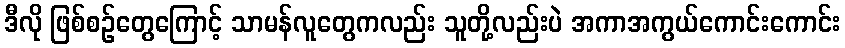
ဒီလို ဖြစ်စဉ်တွေကြောင့် သာမန်လူတွေကလည်း သူတို့လည်းပဲ အကာအကွယ်ကောင်းကောင်း